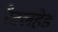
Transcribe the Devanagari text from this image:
रैटलहेड